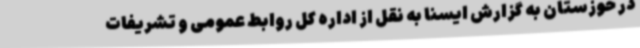
در خوزستان به گزارش ایسنا به نقل از اداره کل روابط عمومی و تشریفات